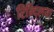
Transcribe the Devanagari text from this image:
रिन्द्लिया